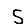
Digit: 5